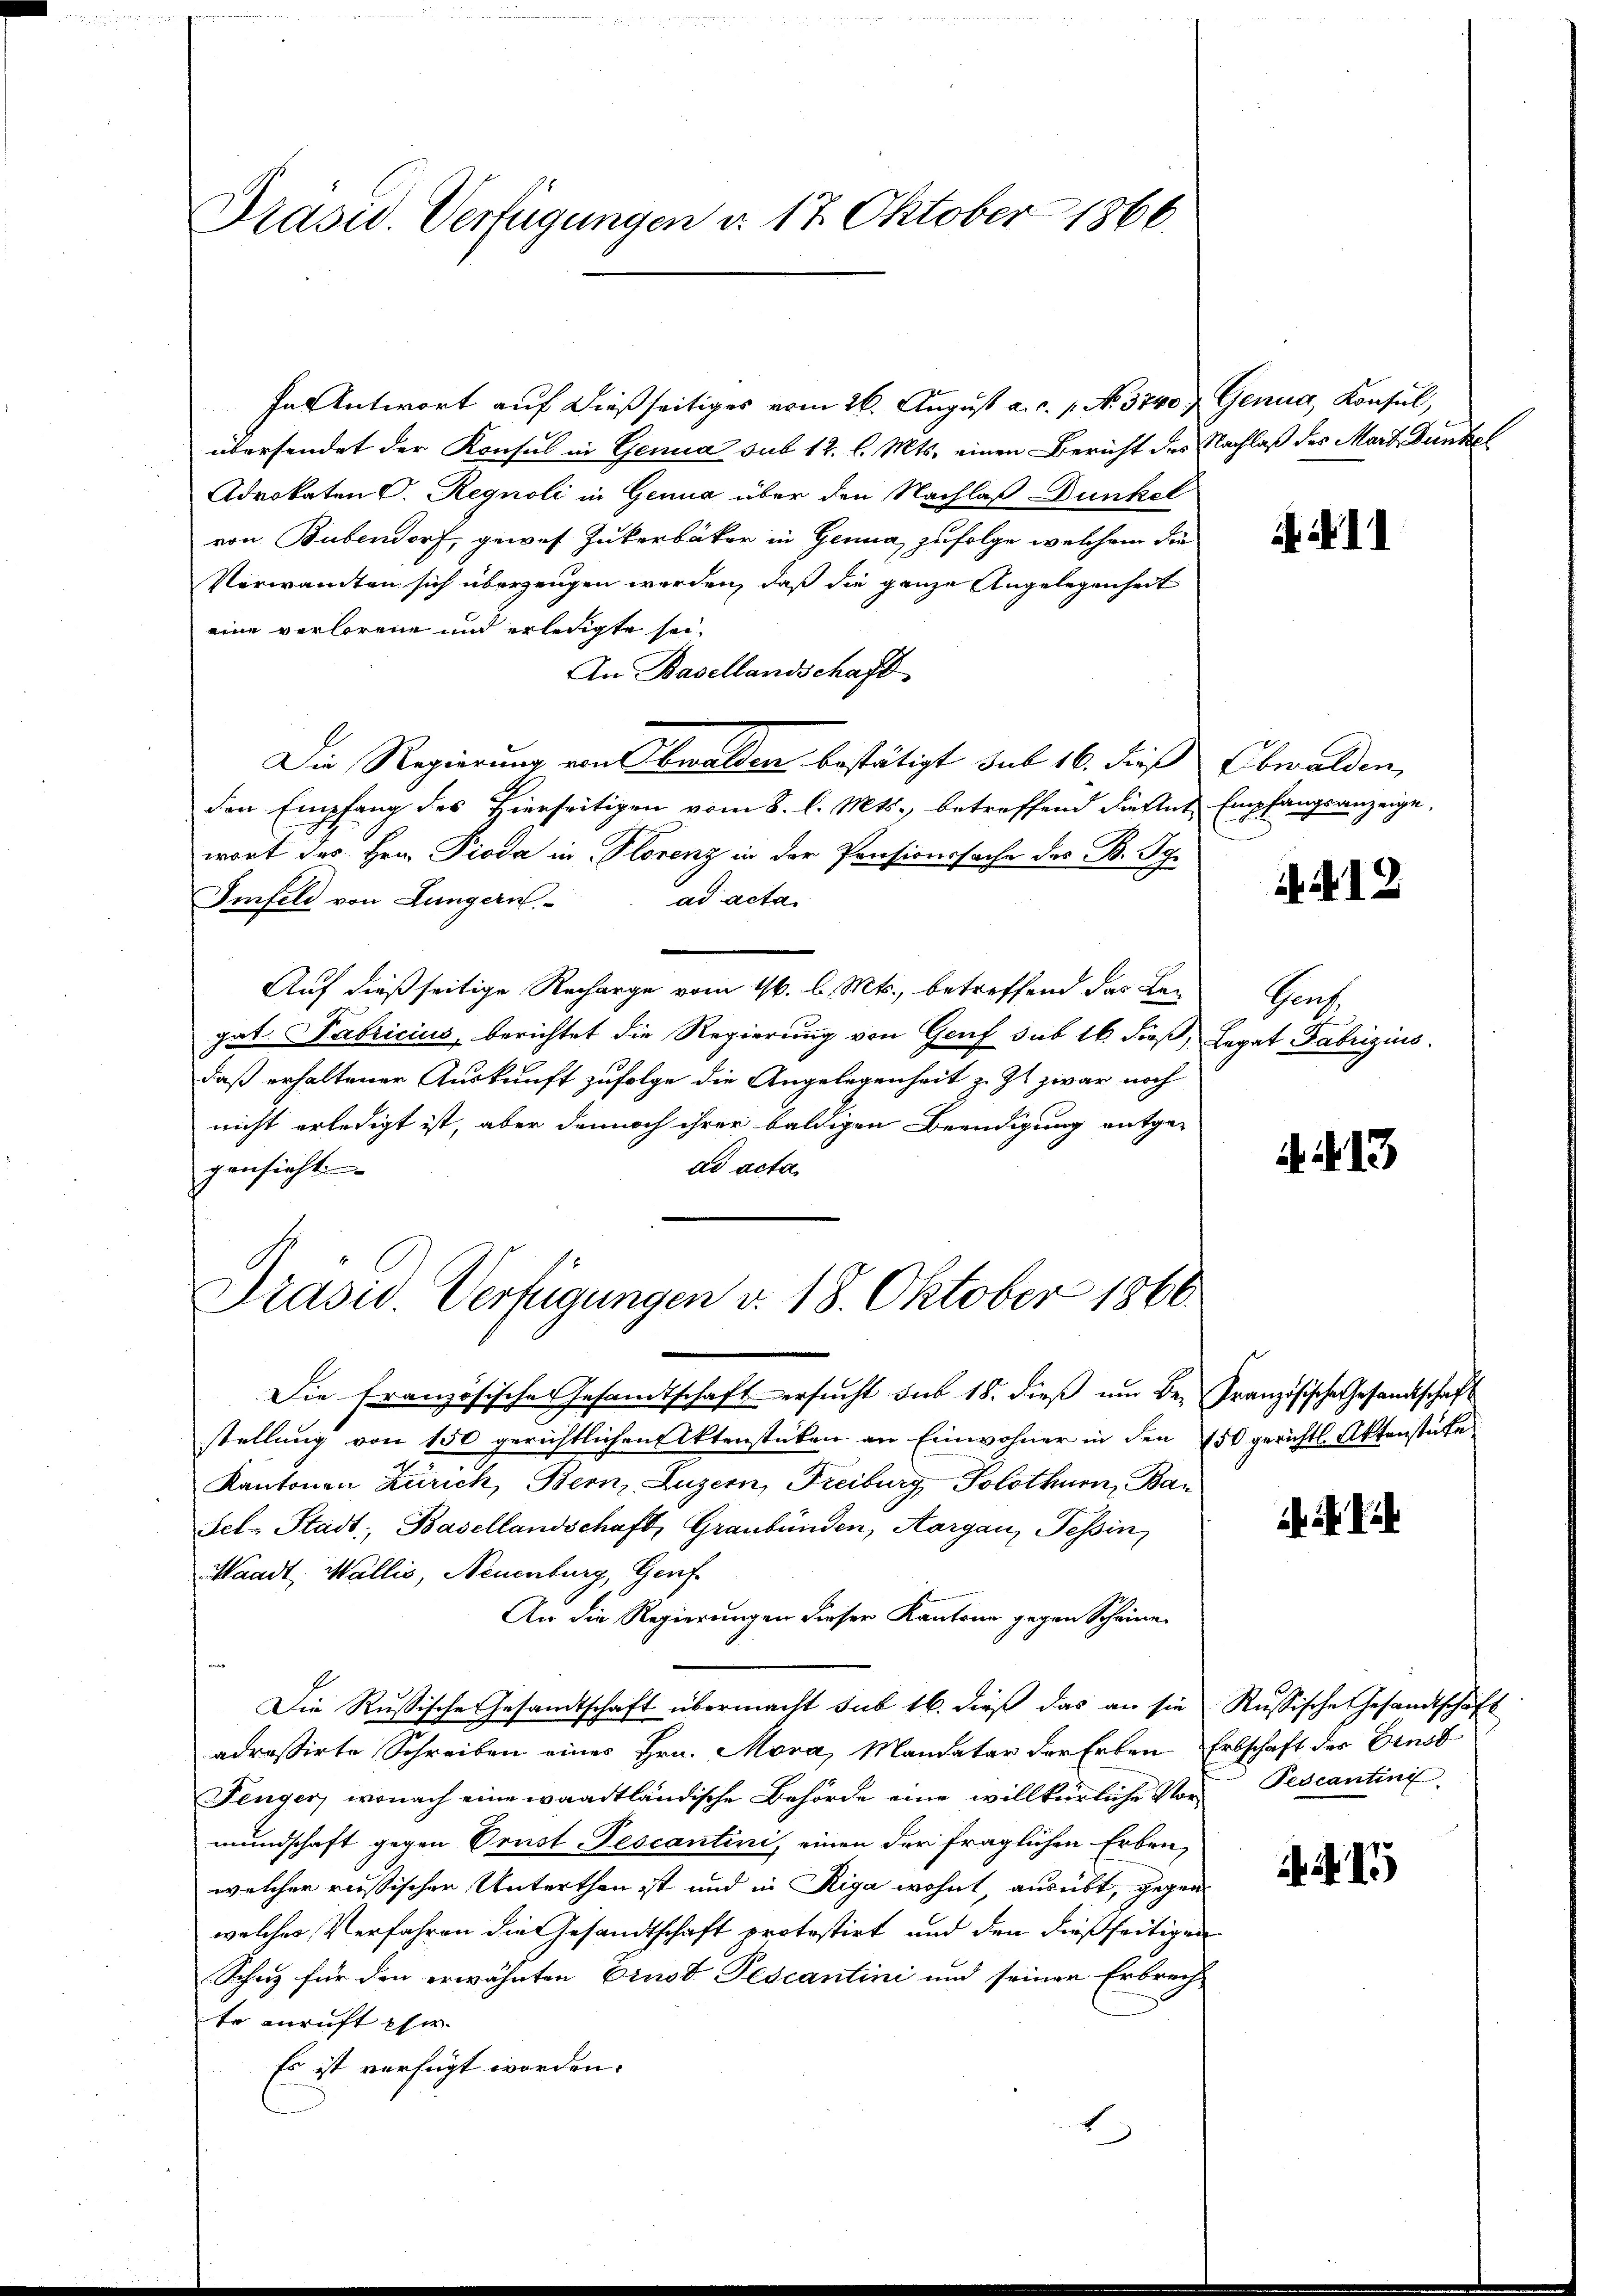
Präsid. Verfügungen d. 17. Oktober 1866.

In Antwort auf dießseitiges vom 26. August a. c. 1. No. 3740. Genua, Konsul,
übersendet der Konsul in Genua sub 12. l. Mts. einen Bericht des Nachlaß des Mart. Dunkel
Advokaten O. Regnoli in Genua über den Nachlaß Dunkel
von Bubendorf, gewes Zukerbäcker in Genua, zufolge welchem die
Verwandten sich überzeugen werden, daß die ganze Angelegenheit
eine verlorene und erledigte sei¬
An Basellandschaft
Die Regierung von Obwalden bestätigt sub 16. dieß Obwalden,
der Empfang des Hierseitigen vom 8. l. Mts., betreffend die Ant Empfangsanzeige,
wort des Hrn. Pioda in Florenz in der Pensionssache des B. Ig¬
Imfeld von Lungern ad acta
Auf dießseitige Recharge vom 16. l. Mts., betreffend das Legat Fabricius, berichtet die Regierung von Genf sub 16. dieß, Legat Fabrizius
daß erhaltener Auskunft zufolge die Angelegenheit z. Zt. zwar noch
nicht erledigt ist, aber dennoch ihrer baldigen Beendigung entgead acta.
gensicht

Präsid. Verfügungen v. 18. Oktober 1866.

Die französische Gesandtschaft ersucht sub 18. dieß um Be- Französische Gesandtschaft
stellung von 150 gerichtlichen Aktenstücken an Einwohner in den 750 gerichtl. Aktenstücke
Kantonen Zürich, Bern, Luzern, Freiburg, Solothurn, Bar
Sel-Stadt, Basellandschaft, Graubünden, Aargau, Tessin,
Waadt, Wallis, Neuenburg, Genf
An die Regierungen dieser Kantone gegen Scheine
Die Rußische Gesandtschaft übermacht sub 16. dieß das an sie Russische Gesandtschaft
adressirte Schreiben eines Hrn. Mora, Mandatar der Erben Erbschaft der Einst
Fenger, wonach eine waadtländische Behörde eine willkürliche Vormundschaft gegen Orust-Tescantini, einen der fraglichen Erben,
welcher reissischer Unterthan ist und in Riga wohnt, ausübt, gegenwelches Verfahren die Gesandtschaft protestirt und den dießseitigen
Schutz für den erwähnten Brust Pescantini und seiner Erbrech-
te anruft Eher
Es ist verfügt worden.
E

NII

12

Prach

N. N. 13

Pescanting

415